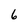
Character: 6